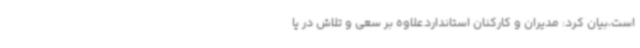
است،بیان کرد: مدیران و کارکنان استانداردعلاوه بر سعی و تلاش در پا